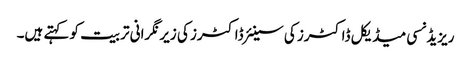
ریزیڈنسی میڈیکل ڈاکٹرز کی سینئر ڈاکٹرز کی زیر نگرانی تربیت کو کہتے ہیں۔